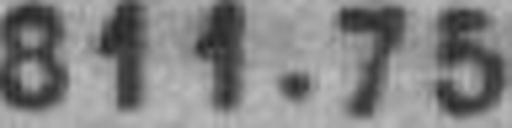
811.75